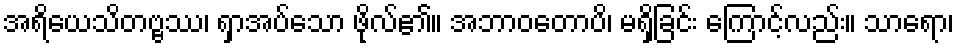
အရိယေသိတဗ္ဗဿ၊ ရှာအပ်သော ဖိုလ်၏။ အဘာဝတောပိ၊ မရှိခြင်း ကြောင့်လည်း။ သာရော၊